Tezpur Lunatic Asylum reports 1877-1894 - 1877-1894
Year: 1877
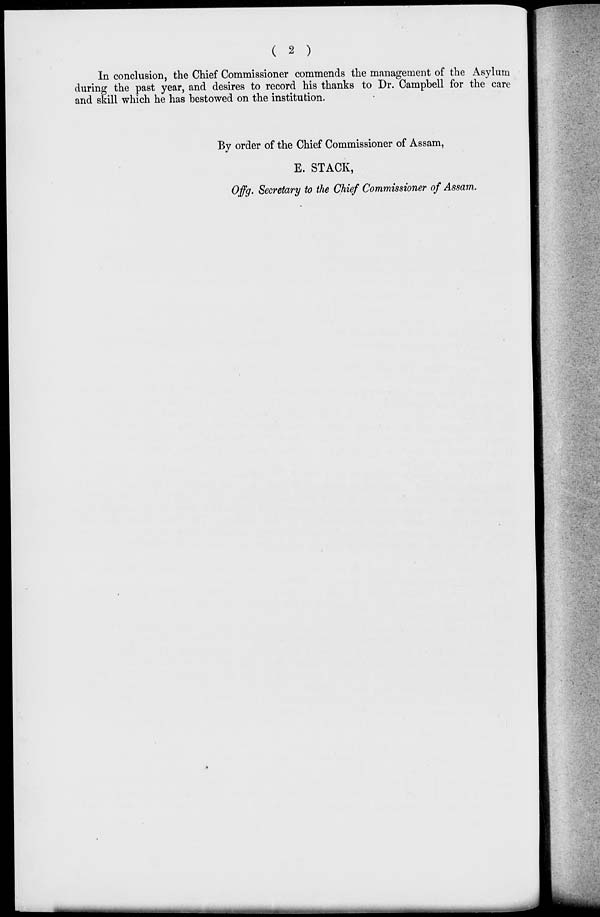
( 2 )
In conclusion, the Chief Commissioner commends the management of the Asylum
during the past year, and desires to record his thanks to Dr. Campbell for the care
and skill which he has bestowed on the institution.
By order of the Chief Commissioner of Assam,
E. STACK,
Offg. Secretary to the Chief Commissioner of Assam.